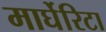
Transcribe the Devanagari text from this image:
मार्घेरिटा